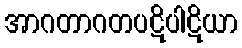
အာဂတာဂတပဋိပါဋိယာ